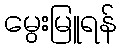
မွေးမြူရန်